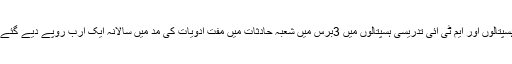
رپورٹ کے مطابق صوبے کے ضلعی ہیڈ کوارٹر ہسپتالوں اور ایم ٹی آئی تدریسی ہسپتالوں میں 3برس میں شعبہ حادثات میں مفت ادویات کی مد میں سالانہ ایک ارب روپے دیے گئے جس سے ایک کروڑ 80لاکھ مریض مستفید ہوئے۔